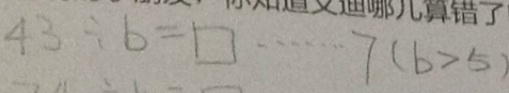
4 3 \div b \square \cdots 7 ( b > 5 )